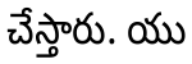
చేస్తారు. యు